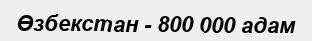
Өзбекстан - 800 000 адам